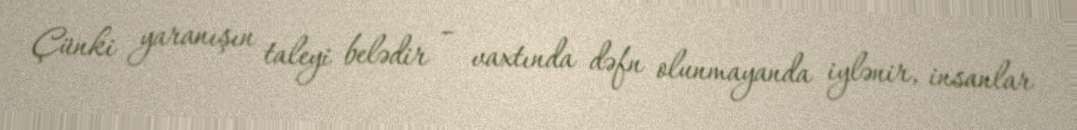
Çünki yaranışın taleyi belədir – vaxtında dəfn olunmayanda iylənir, insanlar